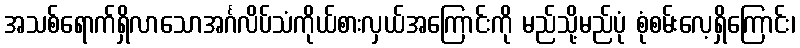
အသစ်ရောက်ရှိလာသောအင်္ဂလိပ်သံကိုယ်စားလှယ်အကြောင်းကို မည်သို့မည်ပုံ စုံစမ်းလေ့ရှိကြောင်း၊